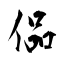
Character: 偘